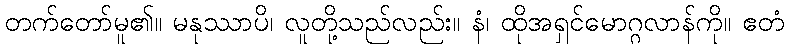
တက်တော်မူ၏။ မနုဿာပိ၊ လူတို့သည်လည်း။ နံ၊ ထိုအရှင်မောဂ္ဂလာန်ကို။ ဧတံ